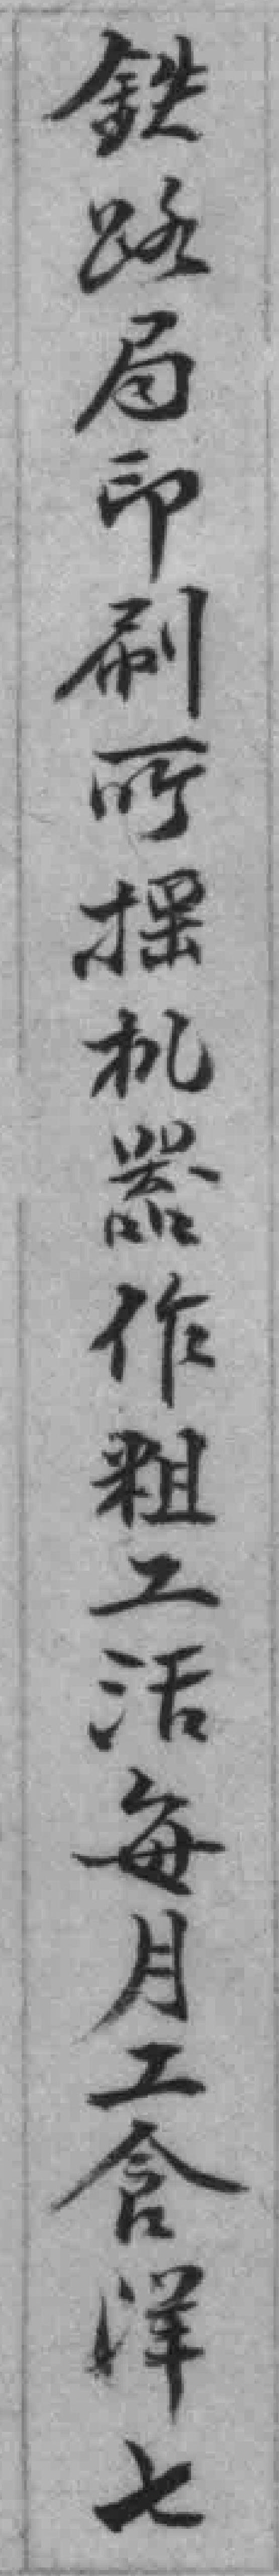
鉄路局印刷所摇机器作粗工活每月工倉洋七